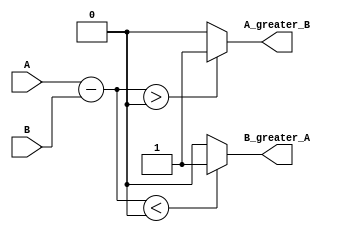
module unsigned_comparator (
    input [7:0] A,
    input [7:0] B,
    output A_greater_B,
    output B_greater_A
);

wire [7:0] compare_result;

assign compare_result = A - B;

assign A_greater_B = (compare_result > 0) ? 1'b1 : 1'b0;
assign B_greater_A = (compare_result < 0) ? 1'b1 : 1'b0;

endmodule